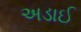
અડાઈ